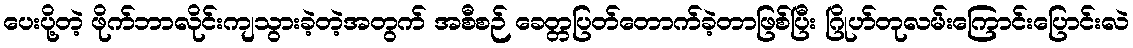
ပေးပို့တဲ့ ဖိုက်ဘာလိုင်းကျသွားခဲ့တဲ့အတွက် အစီစဉ် ခေတ္တပြတ်တောက်ခဲ့တာဖြစ်ပြီး ဂြိုဟ်တုလမ်းကြောင်းပြောင်းလဲ